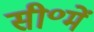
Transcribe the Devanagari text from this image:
सी॰में